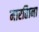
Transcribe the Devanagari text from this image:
मारतिाना